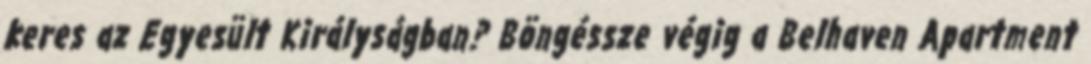
keres az Egyesült Királyságban? Böngéssze végig a Belhaven Apartment